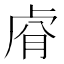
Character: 𮓢